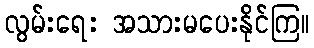
လွမ်းရေး အသားမပေးနိုင်ကြ။